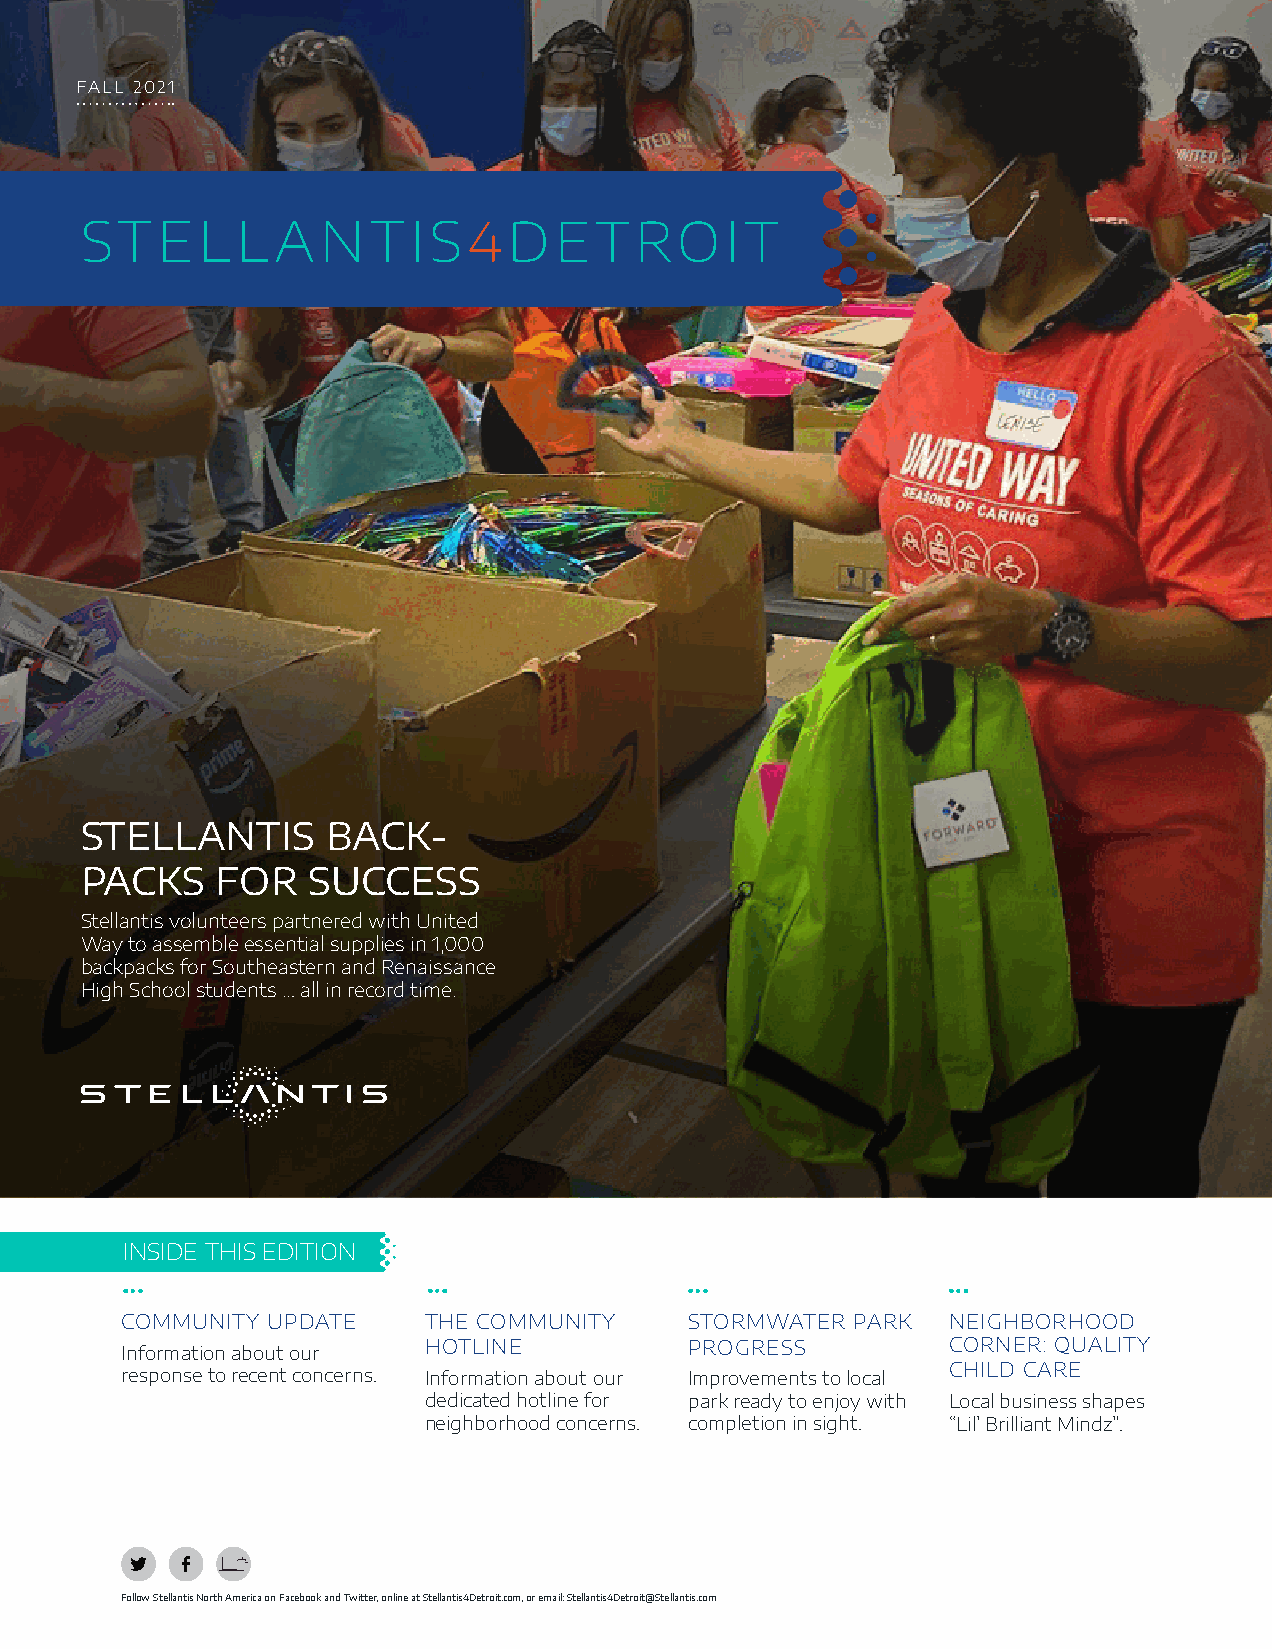
FALL 2021
 STELLANTIS4DETROIT
 STELLANTIS      BACK-
 PACKS    FOR   SUCCESS
 Stellantis volunteers partnered with United
 Way to assemble essential supplies in 1,000
 backpacks for Southeastern and Renaissance
 High School students … all in record time.
 INSIDE THIS EDITION
 COMMUNITY UPDATE    THE COMMUNITY    STORMWATER PARK   NEIGHBORHOOD
 Information about our
 HOTLINE          PROGRESS          C ORNER: QUALITY
 response to recent concerns. Information about our Improvements to local CHILD CARE
 dedicated hotline for park ready to enjoy with Local business shapes
 neighborhood concerns. completion in sight. “Lil’ Brilliant Mindz”.
 Follow Stellantis North America on Facebook and Twitter, online at Stellantis4Detroit.com, or email: Stellantis4Detroit@Stellantis.com